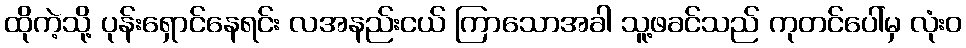
ထိုကဲ့သို့ ပုန်းရှောင်နေရင်း လအနည်းငယ် ကြာသောအခါ သူ့ဖခင်သည် ကုတင်ပေါ်မှ လုံးဝ